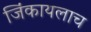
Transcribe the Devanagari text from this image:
जिंकायलाच